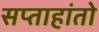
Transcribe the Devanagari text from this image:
सप्ताहांतो